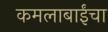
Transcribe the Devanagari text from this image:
कमलाबाईंचा